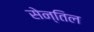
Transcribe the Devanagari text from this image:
सेन्तिल